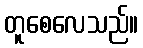
တူစေလေသည်။